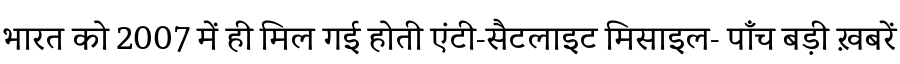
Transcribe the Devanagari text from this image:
भारत को 2007 में ही मिल गई होती एंटी-सैटलाइट मिसाइल- पाँच बड़ी ख़बरें